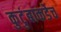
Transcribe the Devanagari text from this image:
कुटुंबाकडेच